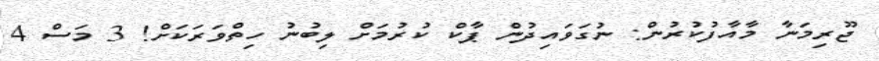
ޖޫރިމަނާ މާއާފުކުރުން: ނުގަވައިދުން ޕާކް ކުރުމަށް ލިބުނު ހިތްވަރަކަށް! 3 މަސް 4